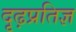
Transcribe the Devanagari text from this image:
दृढ़प्रतिज्ञ